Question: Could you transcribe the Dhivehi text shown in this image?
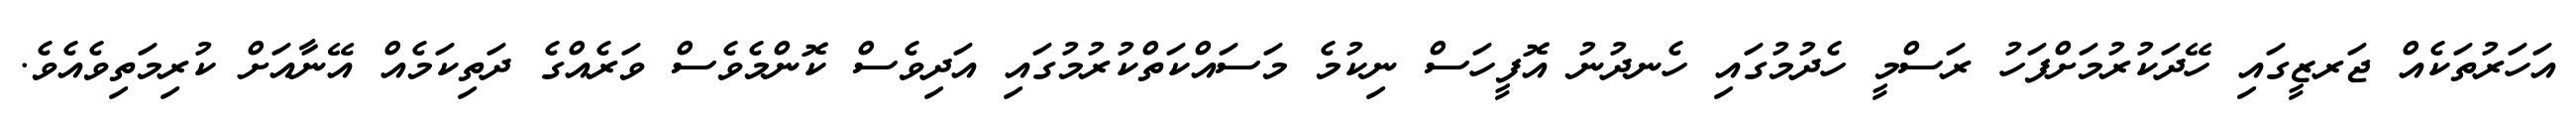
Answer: އަހަރުތަކެއް ޖަރޒީގައި ހޭދަކުރުމަށްފަހު ރަސްމީ ހެދުމުގައި ހެނދުނު އޮފީހަސް ނިކުމެ މަސައްކަތްކުރުމުގައި އަދިވެސް ކޮންމެވެސް ވަރެއްގެ ދަތިކަމެއް އޭނާއަށް ކުރިމަތިވެއެވެ.